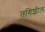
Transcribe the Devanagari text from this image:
तगिशील